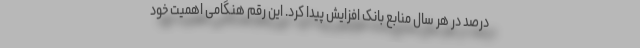
درصد در هر سال منابع بانک افزایش پیدا کرد. این رقم هنگامی اهمیت خود